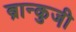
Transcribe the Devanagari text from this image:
ब्रान्कुजी़